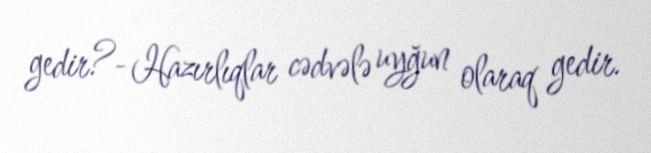
gedir?- Hazırlıqlar cədvələ uyğun olaraq gedir.